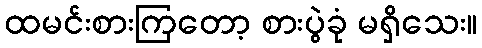
ထမင်းစားကြတော့ စားပွဲခုံ မရှိသေး။